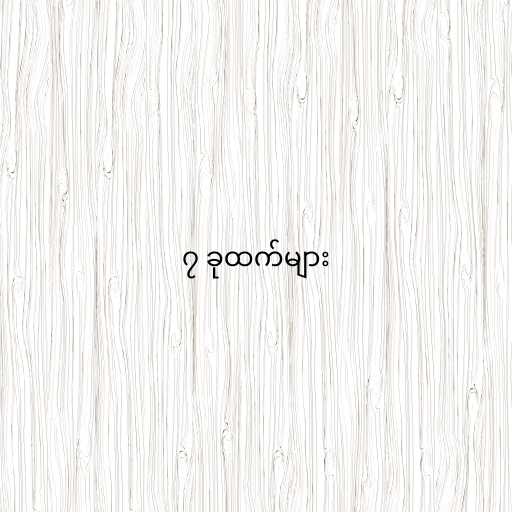
၇ ခုထက်များ